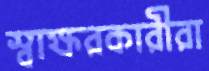
স্বাক্ষরকারীরা